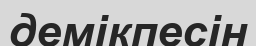
демікпесін